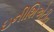
ઇનીશિએટીવ